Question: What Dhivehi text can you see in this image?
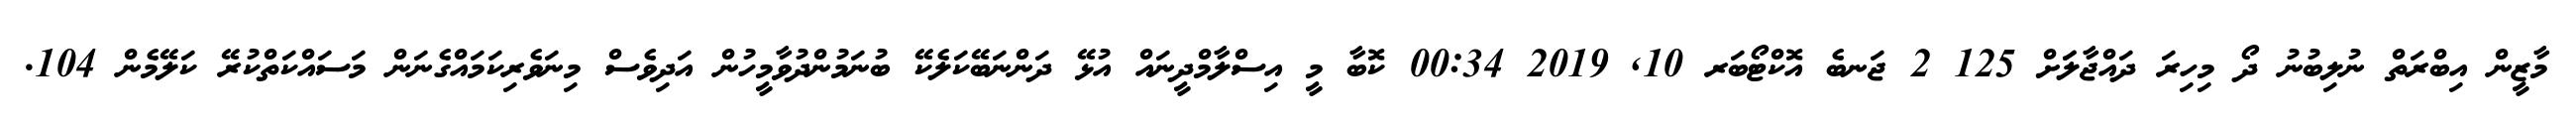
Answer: މާޒީން އިބްރަތް ނުލިބުނު ދޯ މިހިރަ ދައްޖާލަަށް 125 2 ޖަނބެ އޮކްޓޯބަރ 10, 2019 00:34 ކޮބާ މީ އިސްލާމްދީނައް އުޅޭ ދަންނަބޭކަލެކޭ ބުނަމުންދުވާމީހުން އަދިވެސް މިނަވެރިކަމައްގެނަން މަސައްކަތްކުރޭ ކަލޭމެން 104.